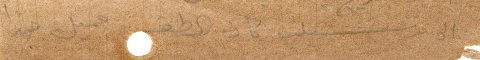
الى مرسيليا كان الطقس جميل جدًا